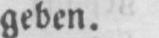
geben.